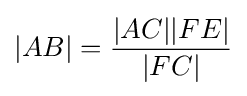
|AB|={\frac {|AC||FE|}{|FC|}}